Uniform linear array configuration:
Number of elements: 16
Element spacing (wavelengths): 0.25
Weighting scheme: binomial
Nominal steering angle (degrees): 0
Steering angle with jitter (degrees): -1.457
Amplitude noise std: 0.05
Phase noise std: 0.05

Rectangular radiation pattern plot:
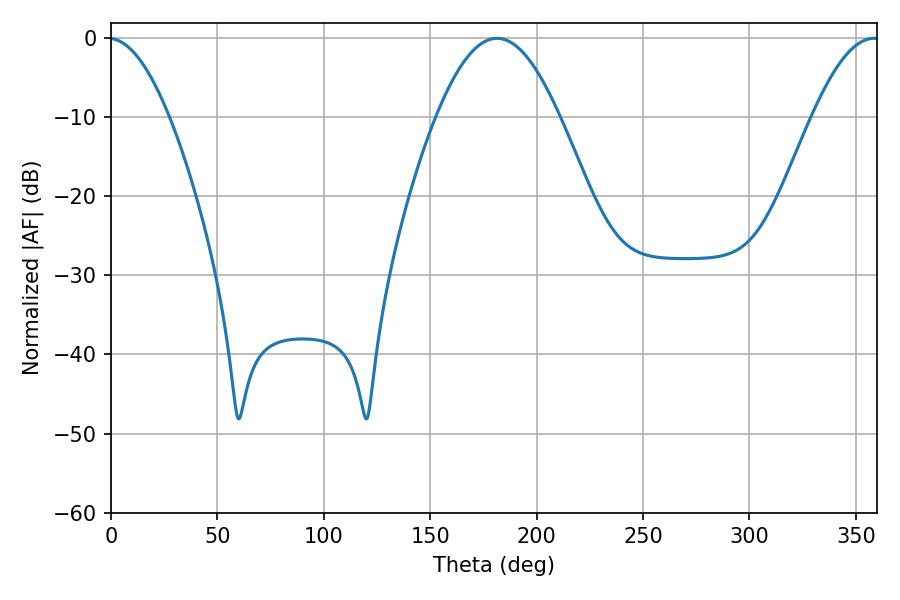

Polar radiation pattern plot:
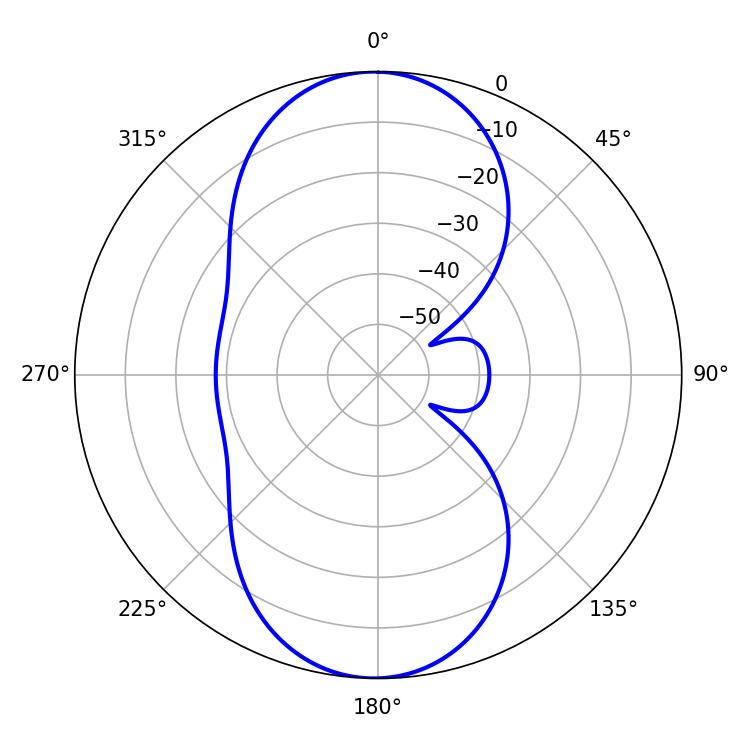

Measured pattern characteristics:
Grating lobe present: FALSE
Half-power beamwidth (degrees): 31.32
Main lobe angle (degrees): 181.44